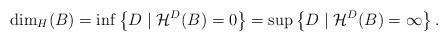
LaTeX: \begin{align*} \dim_{H}(B)=\inf\left\{D \mid \mathcal{H}^{D}(B)=0 \right\}=\sup\left\{ D \mid \mathcal{H}^{D}(B)=\infty\right\}.\end{align*}